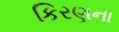
કિરણના